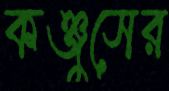
কঞ্জুসের